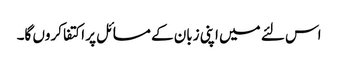
اس لئے میں اپنی زبان کے مسائل پر اکتفا کروں گا۔